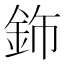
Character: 鉓